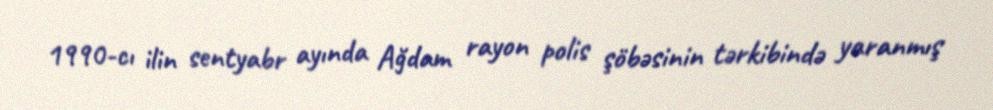
1990-cı ilin sentyabr ayında Ağdam rayon polis şöbəsinin tərkibində yaranmış